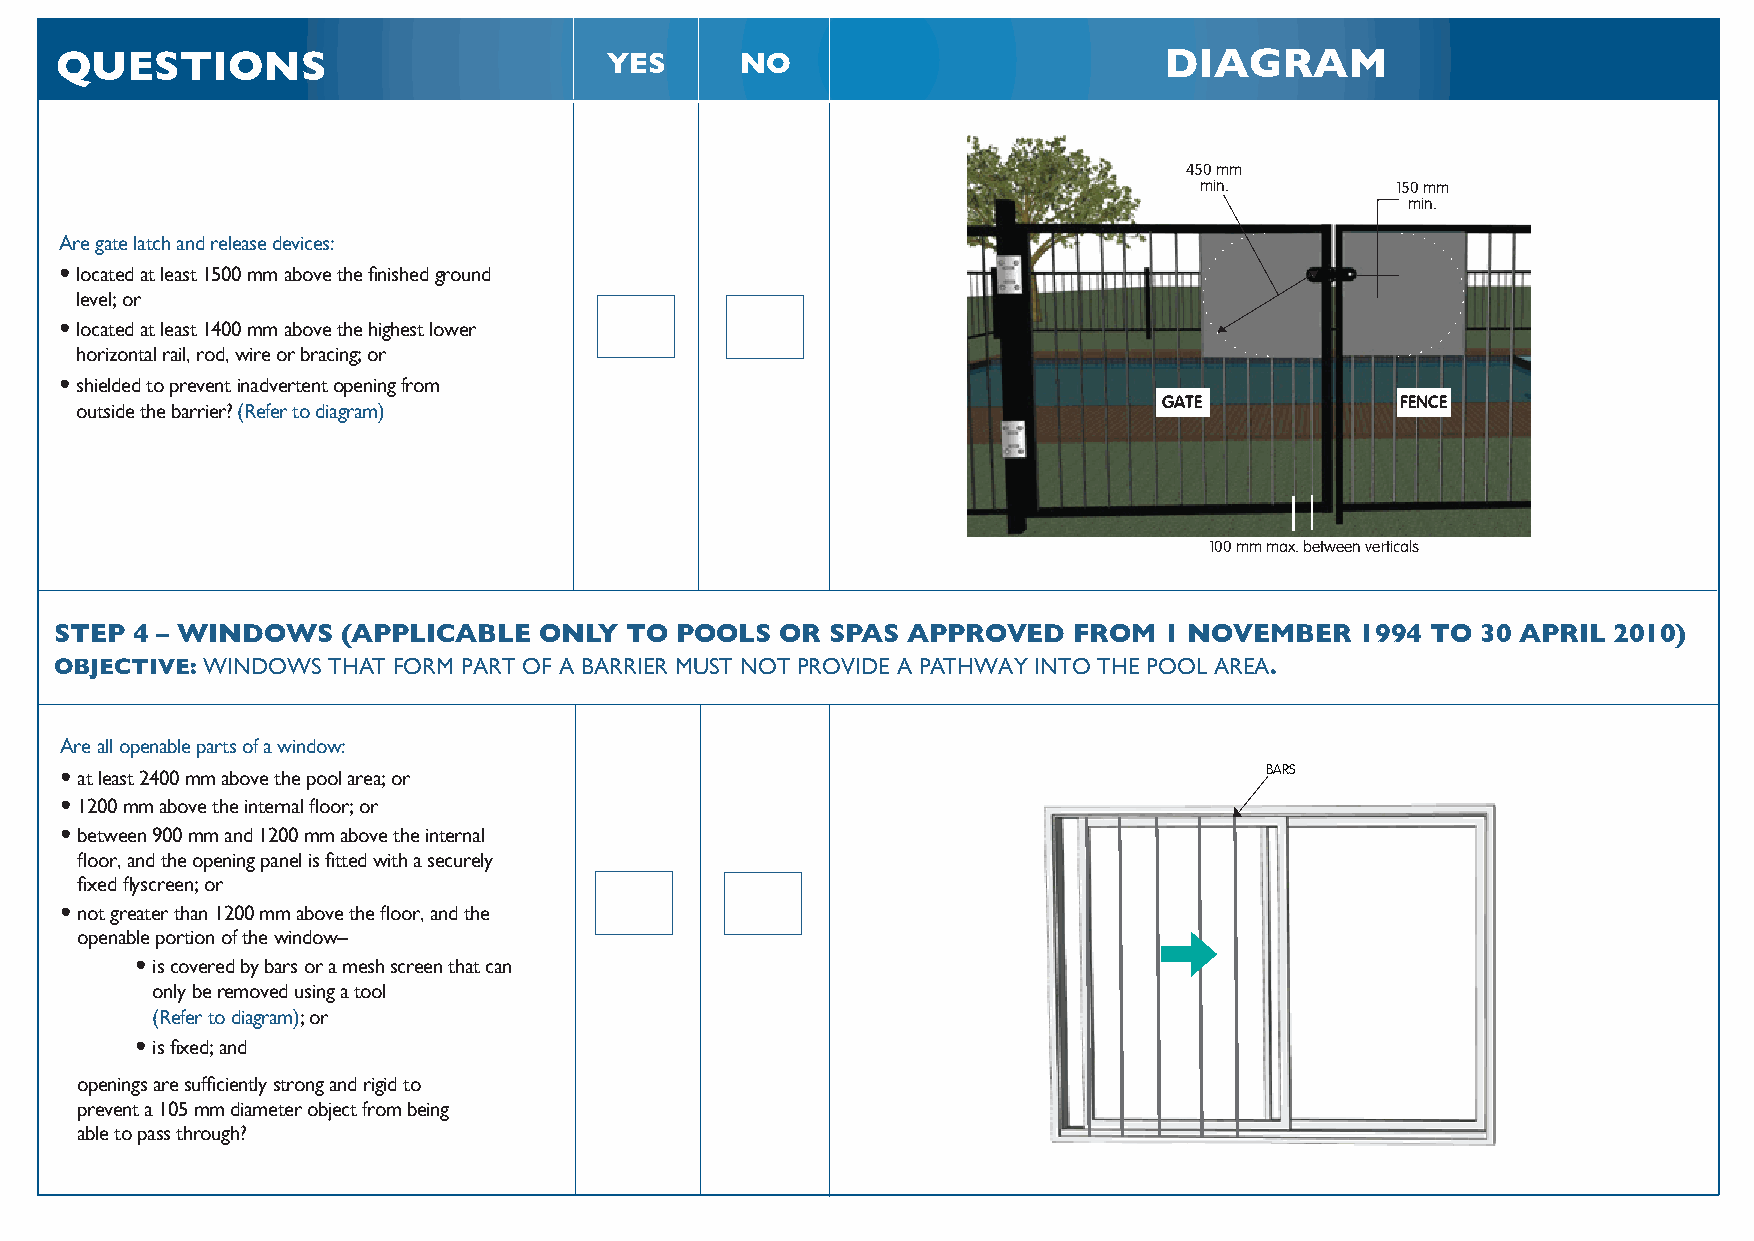
QUESTIONS                           YES      NO                          DIAGRAM
 450 mm
 min.         150 mm
 min.
 Are gate latch and release devices:
 •located at least 1500 mm above the finished ground
 level; or
 •located at least 1400 mm above the highest lower
 horizontal rail, rod, wire or bracing; or
 •shielded to prevent inadvertent opening from
 GATE            FENCE
 outside the barrier? (Refer to diagram)
 100 mm max. between verticals
 STEP 4 – WINDOWS   (APPLICABLE  ONLY TO  POOLS  OR SPAS APPROVED   FROM  1 NOVEMBER   1994 TO 30 APRIL 2010)
 OBJECTIVE: WINDOWS THAT FORM PART OF A BARRIER MUST NOT PROVIDE A PATHWAY INTO THE POOL AREA.
 Are all openable parts of a window:
 •at least 2400 mm above the pool area ;or                                       BARS
 •1200 mm above the internal floor; or
 •between 900 mm and 1200 mm above the internal
 floor, and the opening panel is fitted with a securely
 fixed flyscreen; or
 •not greater than 1200 mm above the floor, and the
 openable portion of the window–
 •is covered by bars or a mesh screen that can
 only be removed using a tool
 (Refer to diagram); or
 •is fixed; and
 openings are sufficiently strong and rigid to
 prevent a 105 mm diameter object from being
 able to pass through?